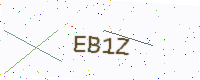
Text: EB1Z